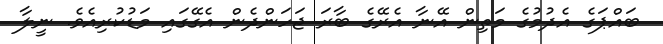
ބައްޕަގެ އެދުމުގެ މަތިން އޭނާ އެރޭގެ ބާރަ ޖަހަންދެން އެގޭގައި މަޑުކުރިއެވެ. ނީލާ